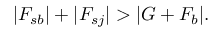
| F _ { s b } | + | F _ { s j } | > | G + F _ { b } | .